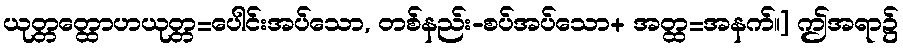
ယုတ္တတ္ထောဟယုတ္တ=ပေါင်းအပ်သော, တစ်နည်း-စပ်အပ်သော+ အတ္ထ=အနက်။] ဤအရာ၌